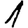
Digit: 1